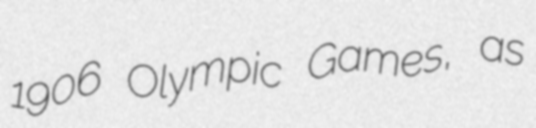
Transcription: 1906 Olympic Games, as